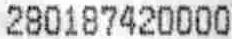
280187420000